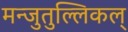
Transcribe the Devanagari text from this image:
मन्जुतुल्लिकल्